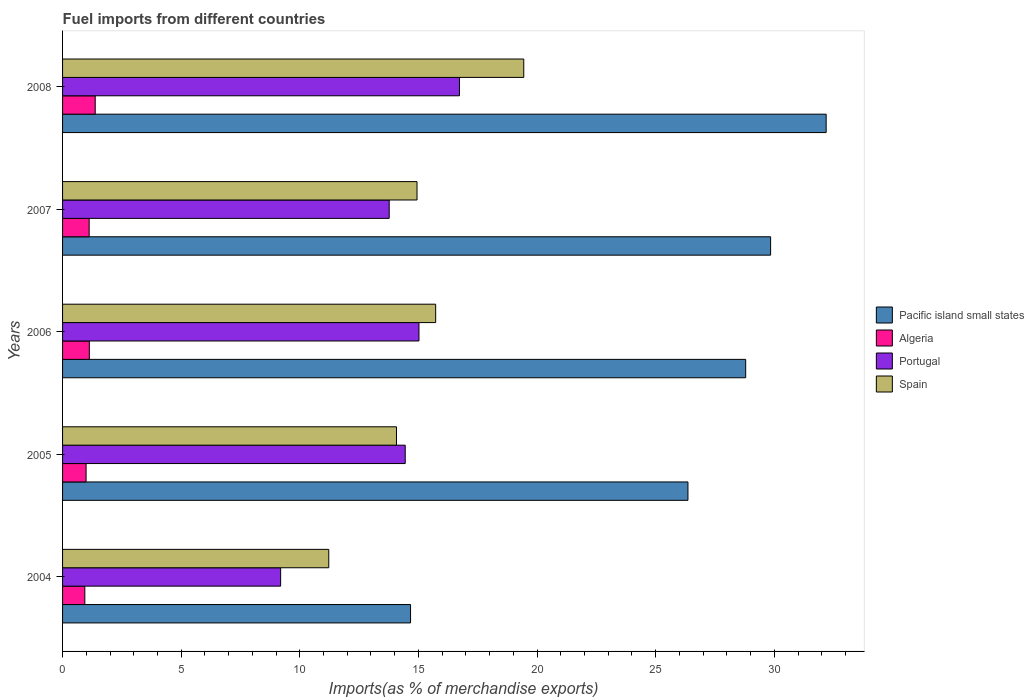
| Years | Pacific island small states | Algeria | Portugal | Spain |
 | --- | --- | --- | --- | --- |
 | 2004 | 14.7 | 0.938 | 9.19 | 11.2 |
 | 2005 | 26.4 | 0.992 | 14.4 | 14.1 |
 | 2006 | 28.8 | 1.13 | 15 | 15.7 |
 | 2007 | 29.8 | 1.12 | 13.8 | 14.9 |
 | 2008 | 32.2 | 1.38 | 16.7 | 19.4 |